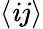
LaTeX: \langle\mathit{i}j\rangle